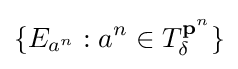
\{E_{a^{n}}:a^{n}\in T_{\delta }^{\mathbf {p} ^{n}}\}